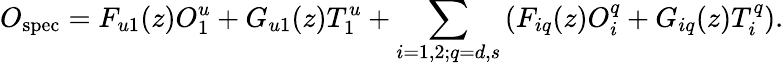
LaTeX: O_{\mathrm{spec}}=F_{u1}(z)O_{1}^{u}+G_{u1}(z)T_{1}^{u}+\sum_{i=1,2;q=d,s}\left(F_{iq}(z)O_{i}^{q}+G_{iq}(z)T_{i}^{q}\right).